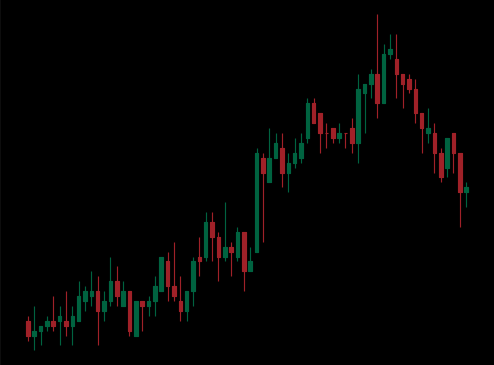
Pattern: bear_flag